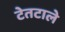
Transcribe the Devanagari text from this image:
टेतटाले